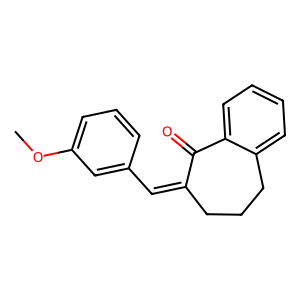
SMILES: COc1cccc(C=C2CCCc3ccccc3C2=O)c1
Inhibits HIV replication: No